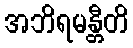
အဘိရမန္တီတိ